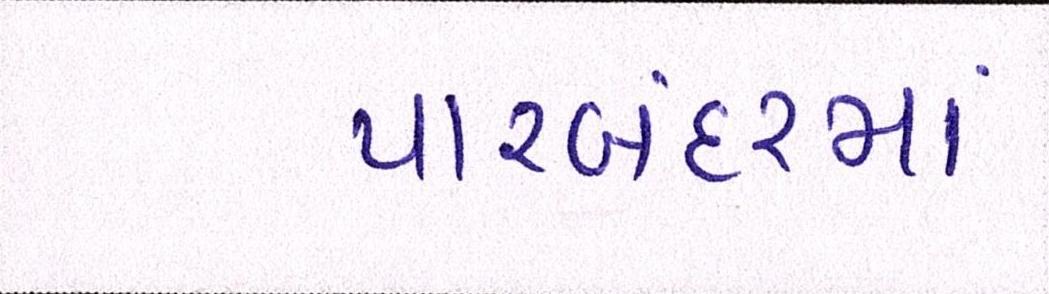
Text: પોરબંદરમાં